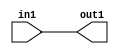
`timescale 1ps / 1ps

// Generated by Cadence Genus(TM) Synthesis Solution 17.11-s014_1
// Generated on: May  5 2021 18:00:23 CST (May  5 2021 10:00:23 UTC)

module SobelFilter_Add_6U_8_4(in1, out1);
  input [5:0] in1;
  output [5:0] out1;
  wire [5:0] in1;
  wire [5:0] out1;
  assign out1[0] = in1[0];
  assign out1[1] = in1[1];
  assign out1[2] = in1[2];
  assign out1[3] = in1[3];
  assign out1[4] = in1[4];
  assign out1[5] = in1[5];
endmodule